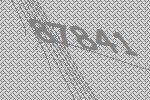
87841